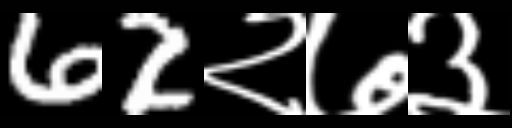
Text: 62२७३